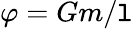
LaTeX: \varphi=Gm/\mathtt{l}